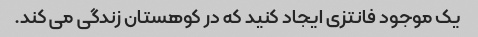
یک موجود فانتزی ایجاد کنید که در کوهستان زندگی می کند.